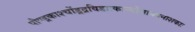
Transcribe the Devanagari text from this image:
पौण्ड्रकाश्चोंड्रद्रविडाःकाम्बोजायवनाशकाः